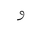
Letter: _waw